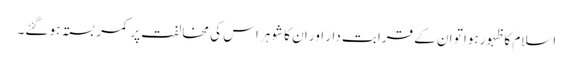
اسلام کا ظہور ہوا تو ان کے قرابت دار اور ان کا شوہر اس کی مخالفت پر کمر بستہ ہو گئے۔